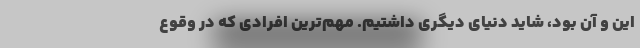
اين و آن بود، شايد دنياي ديگري داشتيم. مهم‌ترين افرادي كه در وقوع